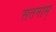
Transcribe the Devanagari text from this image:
सतनाम्